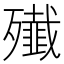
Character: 殱